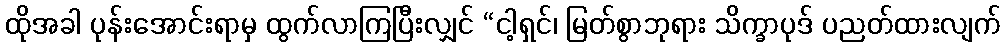
ထိုအခါ ပုန်းအောင်းရာမှ ထွက်လာကြပြီးလျှင် “ငါ့ရှင်၊ မြတ်စွာဘုရား သိက္ခာပုဒ် ပညတ်ထားလျက်